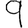
Digit: 9